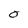
Character: O